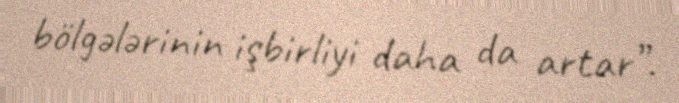
bölgələrinin işbirliyi daha da artar”.